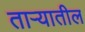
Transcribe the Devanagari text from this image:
तार्‍यातील